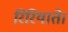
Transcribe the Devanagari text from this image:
रिरियाते।